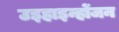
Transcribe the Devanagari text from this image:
उइहाइन्होंजन